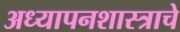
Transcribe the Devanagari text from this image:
अध्यापनशास्त्राचे